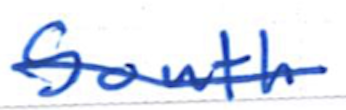
Text: South
Cross-out: single-line
Writing tool: ballpoint